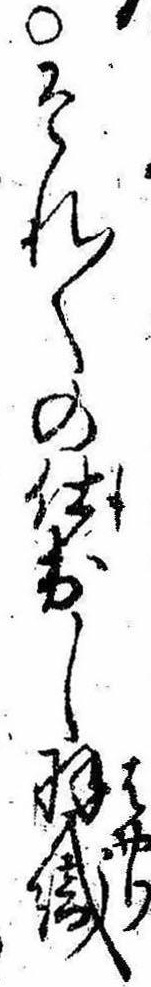
○それ〱の仕出し羽織